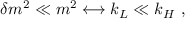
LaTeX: \delta m ^ { 2 } \ll m ^ { 2 } \longleftrightarrow k _ { L } \ll k _ { H } \ ,